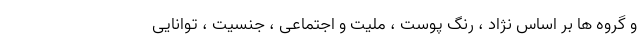
و گروه ها بر اساس نژاد ، رنگ پوست ، ملیت و اجتماعی ، جنسیت ، توانایی